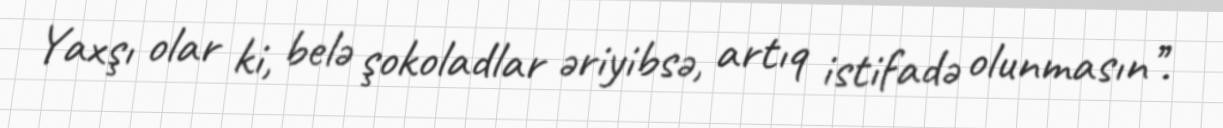
Yaxşı olar ki, belə şokoladlar əriyibsə, artıq istifadə olunmasın’’.